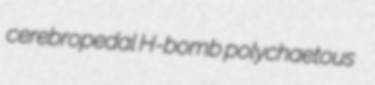
cerebropedal H-bomb polychaetous